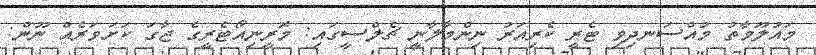
މައުލޫމާތު މުއްސަނދިވި ޓެރީ ކެރިއަރު ނިންމާލާނީ ޗެލްސީގައި: މޮރީނިއޯޓެރީގެ ޖާގަ ކަށަވަރެއް ނޫން: